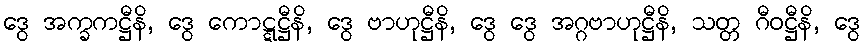
ဒွေ အက္ခကဋ္ဌီနိ, ဒွေ ကောဋ္ဋဋ္ဌီနိ, ဒွေ ဗာဟုဋ္ဌီနိ, ဒွေ ဒွေ အဂ္ဂဗာဟုဋ္ဌီနိ, သတ္တ ဂီဝဋ္ဌီနိ, ဒွေ